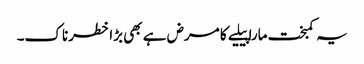
یہ کمبخت مارا پیلیے کا مرض ہے بھی بڑا خطرناک۔